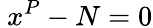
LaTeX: \ x^{P}-N=0